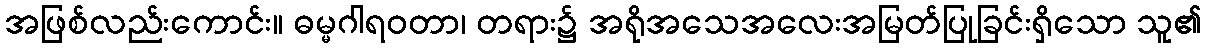
အဖြစ်လည်းကောင်း။ ဓမ္မဂါရဝတာ၊ တရား၌ အရိုအသေအလေးအမြတ်ပြုခြင်းရှိသော သူ၏